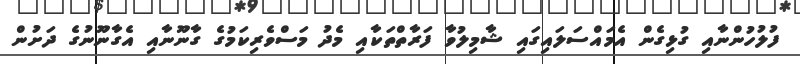
ފުލުހުންނާއި ގުޅިގެން އެމައްސަލައިގައި ޝާމިލުވާ ފަރާތްތަކާއި މެދު މަސްވެރިކަމުގެ ގާނޫނާއި އެގާނޫނުގެ ދަށުން